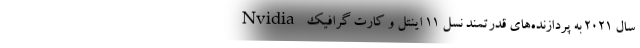
سال ۲۰۲۱ به پردازنده‌های قدرتمند نسل 11 اینتل و کارت گرافیک Nvidia